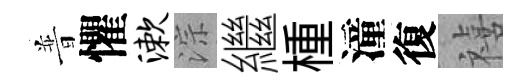
普懼漱淙繼㮔潼復禧